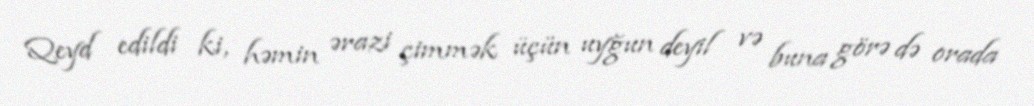
Qeyd edildi ki, həmin ərazi çimmək üçün uyğun deyil və buna görə də orada